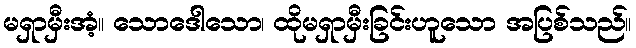
မရှာမှီးအံ့။ သောဒေါသော၊ ထိုမရှာမှီးခြင်းဟူသော အပြစ်သည်။